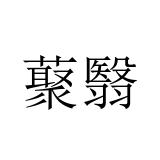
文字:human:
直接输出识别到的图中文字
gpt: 藂翳